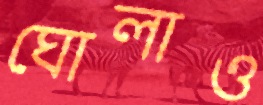
ঘোলাও